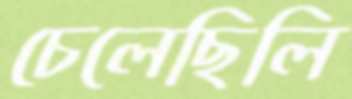
চেলেছিলি